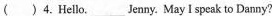
( )4.Hello.__ Jenny. May 1 speak to Danny?